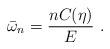
LaTeX: \begin{align*}\bar{\omega}_{n} = \frac{n C(\eta)}{E}\ .\end{align*}